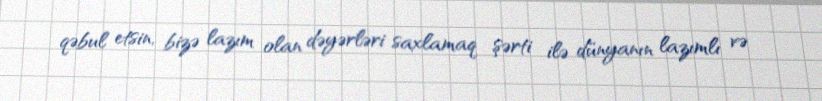
qəbul etsin, bizə lazım olan dəyərləri saxlamaq şərti ilə dünyanın lazımlı və